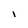
Character: i